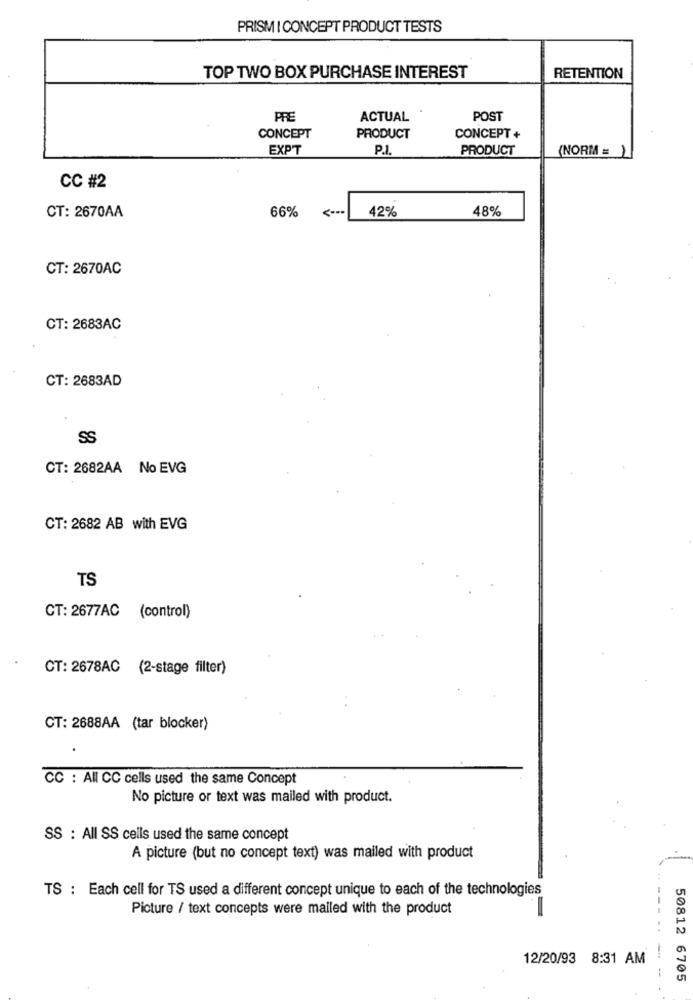
PRISM I CONCEPT PRODUCT TESTS
TOP TWO BOX PURCHASE INTEREST
RETENTION
PRE
ACTUAL
POST
CONCEPT
PRODUCT
CONCEPT +
EXPT
P.I.
PRODUCT
(NORM = 1
CC #2
66%
42%
48%
CT: 2670AA
CT: 2670AC
CT: 2683AC
CT: 2683AD
SS
CT: 2682AA No EVG
CT: 2682 AB with EVG
TS
CT: 2677AC (control)
CT: 2678AC (2-stage filter)
CT: 2688AA (tar blocker)
CC : All CC cells used the same Concept
No picture or text was mailed with product.
SS : All SS cells used the same concept
A picture (but no concept text) was mailed with product
TS : Each cell for TS used a different concept unique to each of the technologies
Picture / text concepts were mailed with the product
---.
12/20/93 8:31 AM
--
50812 6705